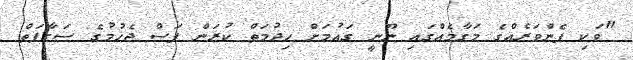
"ވަކި ފެންވަރެއްގެ މަގާމެއްގައި ނޫނީ ގައުމަށް ހިދުމަތް ކުރަން ފަސް ޖެހުމުގެ ސަގާފަތް